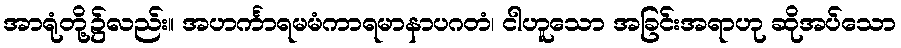
အာရုံတို့၌လည်း။ အဟင်္ကာရမမံကာရမာနာပဂတံ၊ ငါဟူသော အခြင်းအရာဟု ဆိုအပ်သော